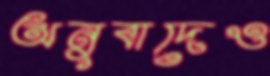
অনুবাদেও